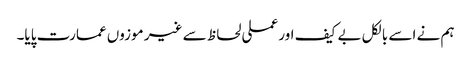
ہم نے اسے بالکل بے کیف اور عملی لحاظ سے غیر موزوں عمارت پایا۔